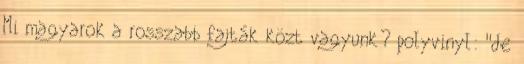
Mi magyarok a rosszabb fajták közt vagyunk? polyvinyl: "de